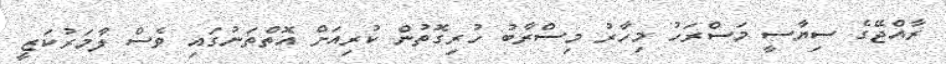
ރާއްޖޭގެ ސިޔާސީ މަސްރަހު މިހާރު މިސްރާބު ހުރިގޮތުން ކުރިއަށް އޮތްތަނުގައި ވެސް ލާމަރުކަޒީ